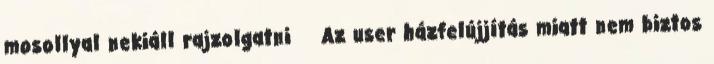
mosollyal nekiáll rajzolgatni Az user házfelújjítás miatt nem biztos